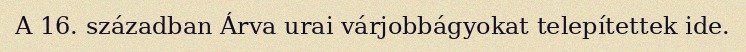
A 16. században Árva urai várjobbágyokat telepítettek ide.